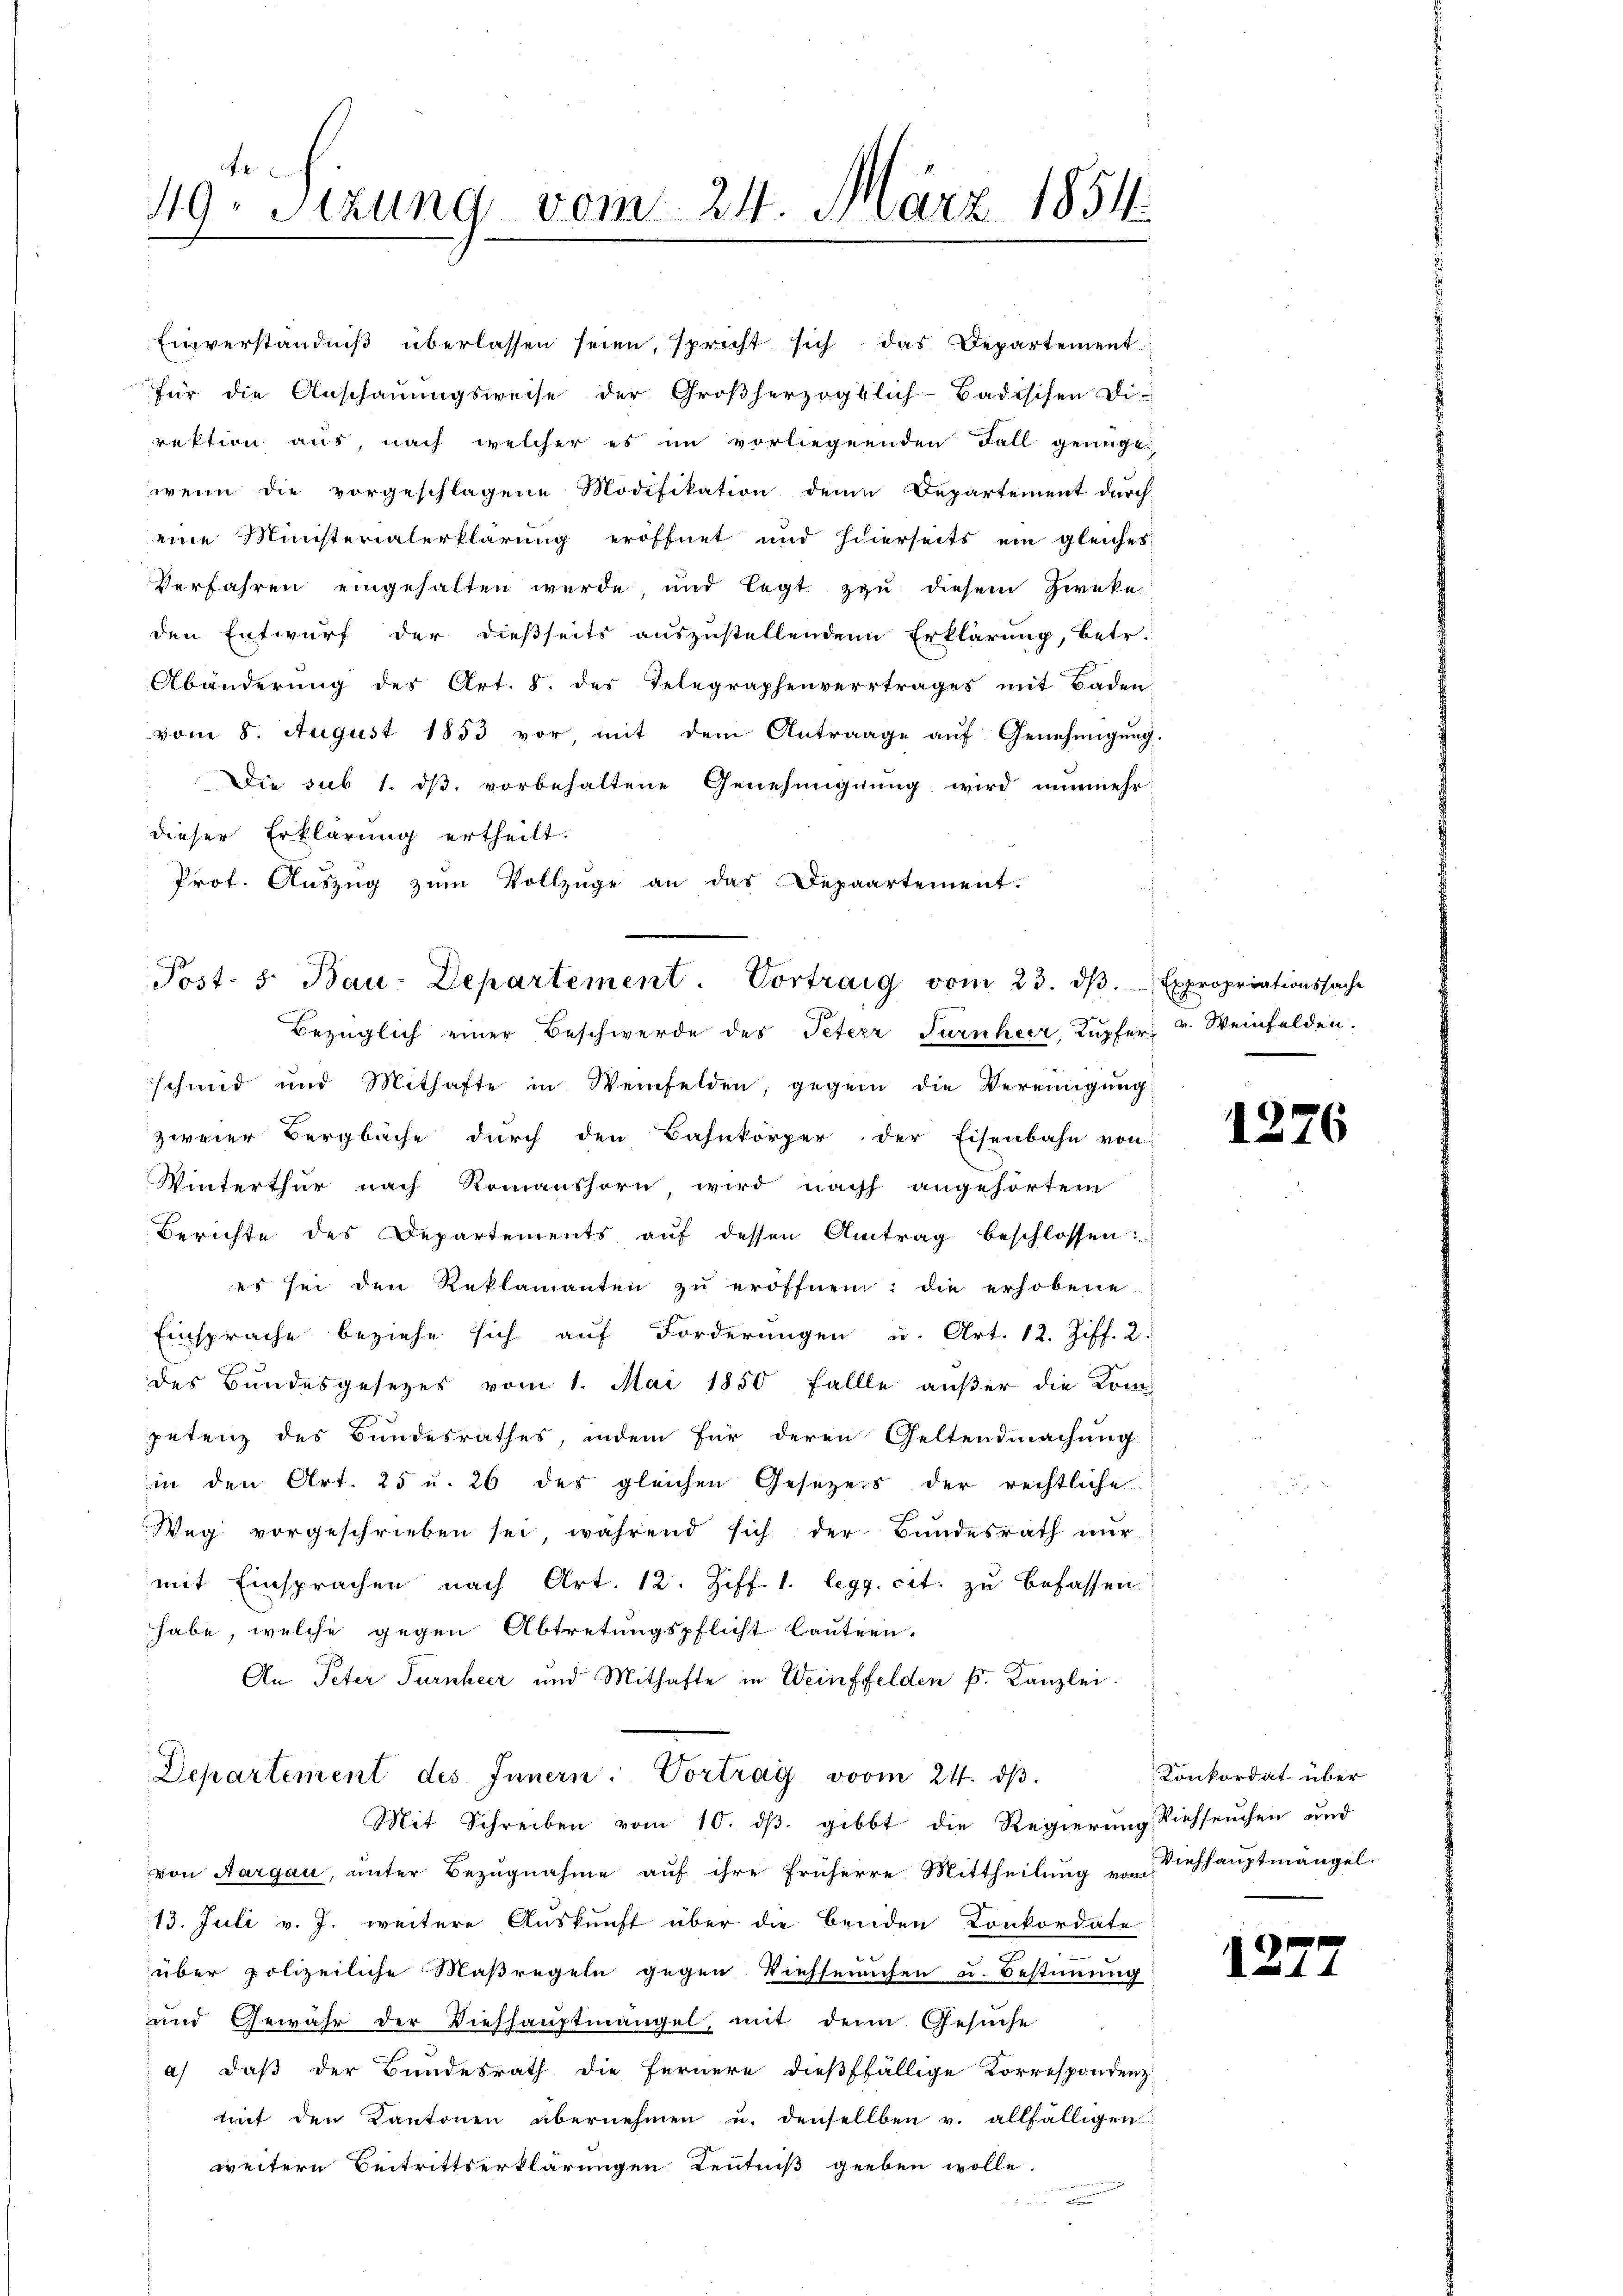
49. Sizung vom 24. März 1854.

Prot. Aŭszŭg zŭm Vollzüge an das Depaartement.
schmid und Mithafte in Weinfelden, gegen die Vereinigŭng:
zweier Bergbache durch den Bahnkörper der Eisenbahn von
Winterthur nach Romanshorn wird nach angehörtem
Berichte des Departements aŭf dessen Antrag beschlossen:
es sei den Reklamanten zu eröffnen; die erhobene
Einsprache beziehe sich auf Forderungen u. Art. 12. Ziff. 2.
des Bundesgesetzes vom 1. Mai 1850 Fallle außer die Kom
petenz des Bundesrathes, indem für deren Geltendmachung
in den Art. 25 u. 26 des gleichen Gesezes der rechtliche
Weg vorgeschrieben sei, während sich der Bundesrath nur
mit Einsprachen nach Art. 12. Ziff. 1. legg. cit. zu befassen
habe, welche gegen Abtretungspflicht lauten.
An Peter Turnheer und Mithafte in Weinffelden k. Kanzlei.
Departement des Innern. Vortrag vom 24. dβ.
Mit Schreiben vom 10. dβ. gibt die Regierung Viehseuchen und
von Aargau, unter Bezugnahme auf ihre früherre Mittheilung vom
13. Juli v. J. weitere Auskunft über die Breiden Konkordate
über polizeiliche Maßregeln gegen Viehseuchen u. Bestimmung
und Gewähr der Dieshauptmängel, mit dem Gesuche
a) daß der Bundesrath die Fernere dießfällige Korrespondenz
trait den Kantonen übernehmen u. denselben v. allfälligen
weitere Beitrittserklärungen Kenntniß geben wolle.

Einverständniß überlassen seien, spricht sich das Departement
für die Anschauungsweise der Großherzogtlich-Badischen Di-
rektion aus, nach welcher es im vorliegenden Fall genügt,
wenn die vorgeschlagene Modifikation dene Departement durch
eine Ministerialerklärung eröffnet und hierseits ein gleiches
Verfahren eingehalten wurde, und legt zu diesem Zweke
den Entwurf der dießseits auszustellenden Erklärung, betr.
Abänderung des Art. 8. des Telegraphenvertrages mit Baden
vom 8. August 1853 vor, mit dem Antrage auf Genehmigung.
Die sub 1. ds. vorbehaltene Genehmigung wird nunmehr
dieser Erklärung ertheilt.

Post- 5. Bau-Departement. Vortrag vom 23. dβ. Expropriationssache
Bezüglich einer Beschwerde des Peter Turnheer, Kupfer 4. Weinfelden.

13

Konkordat über
Viehhauptmängel.

1277

76.